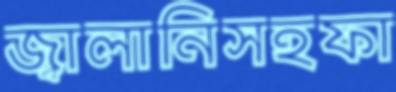
জ্বালানিসহফা